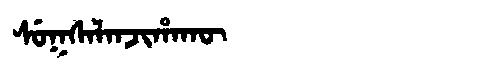
Manchu: ᠰᡠᡴᠰᠠᠯᠠᠨᠵᡳᡥᠠᡴᡡ
Romanization: SUKSALANJIHAKŪ